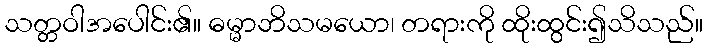
သတ္တဝါအပေါင်း၏။ ဓမ္မာဘိသမယော၊ တရားကို ထိုးထွင်း၍သိသည်။